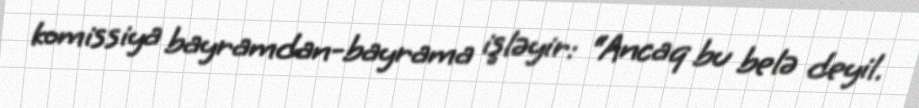
komissiya bayramdan-bayrama işləyir: “Ancaq bu belə deyil.